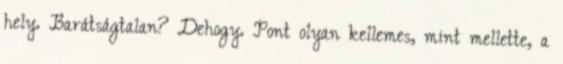
hely. Barátságtalan? Dehogy. Pont olyan kellemes, mint mellette, a